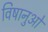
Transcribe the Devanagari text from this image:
विषानुओं